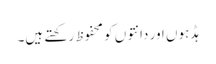
ہڈہوں اور دانتوں کو محفوظ رکھتے ہیں۔